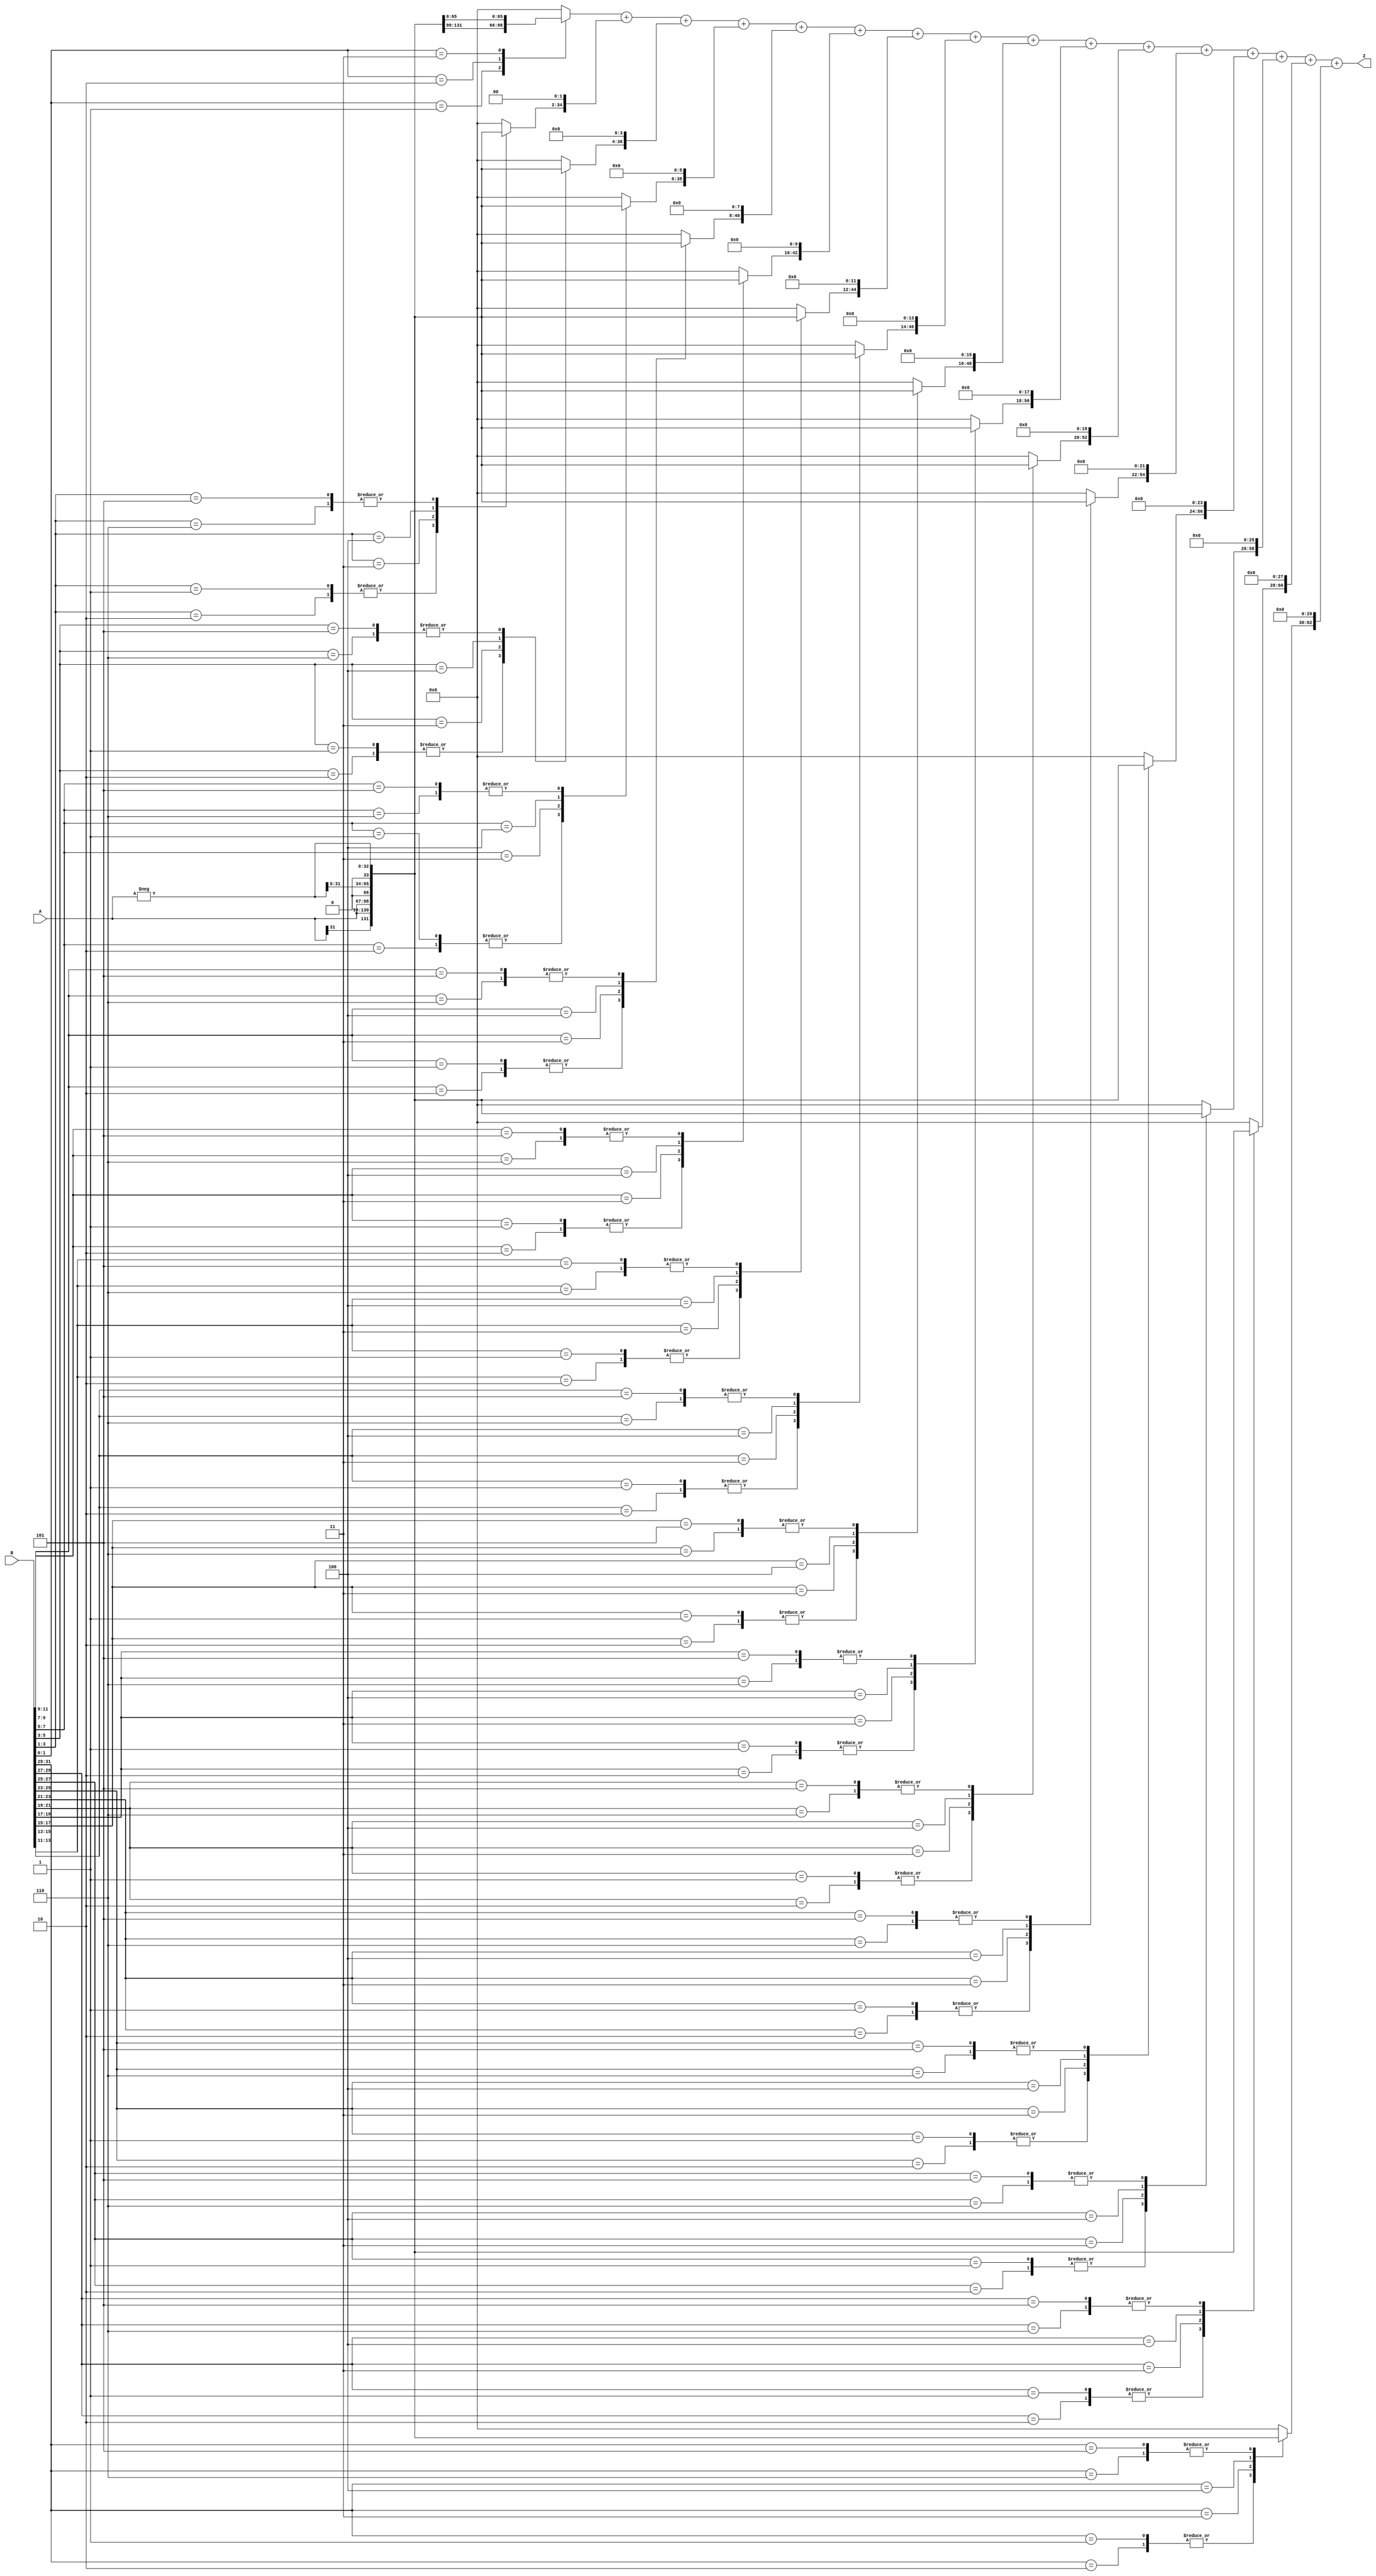
module boothmul(A, B, Z);
	input signed [31:0] A, B;
	output wire  [63:0] Z;
	
	reg [2:0] temp [15:0]; 				
   reg signed [32:0] product [15:0];  		
   reg signed [63:0] temp_result [15:0];
	reg signed [63:0] result;
	 
	wire signed[32:0] negA;
	
	integer i;

	assign negA = -A;
	
	always @ (A or B or negA) begin
      temp[0] = {B[1], B[0], 1'b0};
		
      for(i=1; i<16; i=i+1) begin
			temp[i] = {B[2*i+1],B[2*i],B[2*i-1]};
      end

		for(i=0;i<16;i=i+1) begin //case check for which bit
			case(temp[i])
				3'b001, 3'b010 : product[i] = {A[31], A};
				3'b011 : product[i] = {A, 1'b0};
				3'b100 : product[i] = {negA[31:0], 1'b0};
				3'b101, 3'b110 : product[i] = negA;
				default : product[i] = 0;
			endcase
			
			temp_result[i] = product[i] << (2*i);  //sign extension 
		end
		
		result = temp_result[0];
		
		for(i=1; i<16; i=i+1) begin //add product to tot.
			result = result + temp_result[i];
		end
    end

    assign Z = result; //after all shifts adne verythig is done, send it out
endmodule

//	reg signed [63:0] result;
//	reg [2:0] temp;
//	integer i;
//	reg E1;
//	reg [31:0] A1;
//	
//	always @(A, B) begin
//		result = 64'd0;
//		E1	= 1'd0;
//		A1 = -A;
//		for(i = 0; i<16; i = i+1) begin
//			temp = {B[2*i+1], B[2*i], E1};
//			case(temp)
//				3'b001 : result = result + (A <<< 2*i);
//				3'b010 : result = result + (A <<< 2*i);
//				3'b011 : result = result + (2*A <<< 2*i);
//				3'b100 : result = result + (2*A1 <<< 2*i);
//				3'b101 : result = result + (A1 <<< 2*i);
//				3'b110 : result = result + (A1 <<< 2*i);
//				default : result = result;
//			endcase
//			E1 = B[2*i+1];
//		end
//	end
//	assign Z = result;
//endmodule